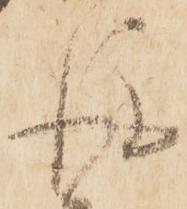
後